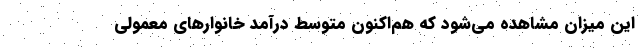
این میزان مشاهده می‌‌شود که هم‌اکنون متوسط درآمد خانوارهای معمولی